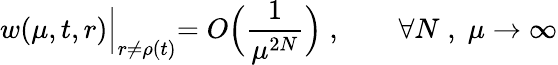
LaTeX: w(\mu,t,r)\Bigl|_{r\ne\rho(t)}=O\Bigl(\frac{1}{\mu^{2N}}\Bigr)\; ,\qquad\forall N\; ,\; \mu\to\infty